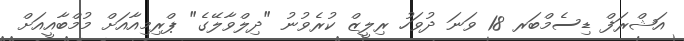
އަޝްރަފް ޑިސެމްބަރ 18 ވަނަ ދުވަހު ރިލީޒް ކުރެވުނު "ދިލްވާލޭގެ" ޕްރިމިއާއަށް މުމްބާއީއަށް